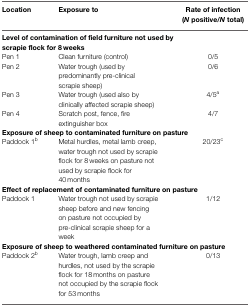
| Location | Exposure to | Rate of infection (N positive/N total) |
 | --- | --- | --- |
 | <COLSPAN=3> Level of contamination of field furniture not used by scrapie flock for 8 weeks |
 | Pen 1 | Clean furniture (control) | 0/5 |
 | Pen 2 | Water trough (used by predominantly pre-clinical scrapie sheep) | 0/6 |
 | Pen 3 | Water trough (used also by clinically affected scrapie sheep) | 4/5a |
 | Pen 4 | Scratch post, fence, fire extinguisher box | 4/7 |
 | <COLSPAN=3> Exposure of sheep to contaminated furniture on pasture |
 | Paddock 1b | Metal hurdles, metal lamb creep, water trough not used by scrapie flock for 8 weeks on pasture not used by scrapie flock for 40 months | 20/23c |
 | <COLSPAN=3> Effect of replacement of contaminated furniture on pasture |
 | Paddock 1 | Water trough not used by scrapie sheep before and new fencing on pasture not occupied by pre-clinical scrapie sheep for a week | 1/12 |
 | <COLSPAN=3> Exposure of sheep to weathered contaminated furniture on pasture |
 | Paddock 2b | Water trough, lamb creep and hurdles, not used by the scrapie flock for 18 months on pasture not occupied by the scrapie flock for 53 months | 0/13 |